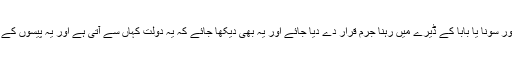
بابا کے ساتھ ناچنا گانا اور سونا یا بابا کے ڈیرے میں رہنا جرم قرار دے دیا جائے اور یہ بھی دیکھا جائے کہ یہ دولت کہاں سے آتی ہے اور یہ پیسوں کے بدلے میں کیا دیتے ہیں؟